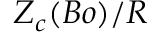
{ Z _ { c } ( B o ) } / { R }